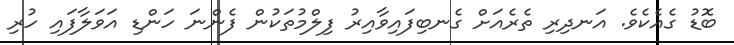
ބޮޑު ގެއެކެވެ. އަނދިރި ތެރެއަށް ގެނބިފައިވާއިރު ފިލްމުތަކުން ފެންނަ ހަންޑި އަވަލާފައި ހުރި